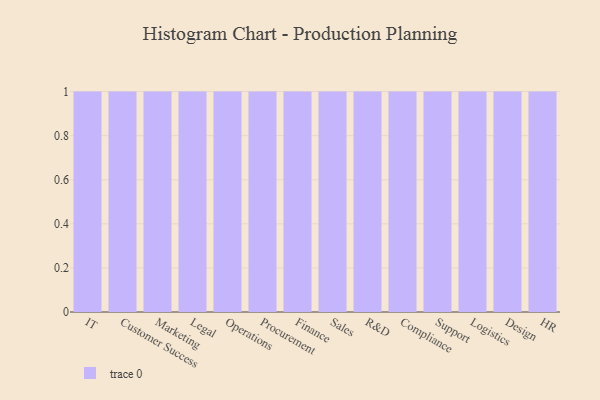
{"axis": {"x": "Department", "y": "Budget (USD K)"}, "legend": [""], "data": [{"x": "IT", "y": 33, "type": ""}, {"x": "Customer Success", "y": 65, "type": ""}, {"x": "Marketing", "y": 2, "type": ""}, {"x": "Legal", "y": 57, "type": ""}, {"x": "Operations", "y": 10, "type": ""}, {"x": "Procurement", "y": 66, "type": ""}, {"x": "Finance", "y": 27, "type": ""}, {"x": "Sales", "y": 53, "type": ""}, {"x": "R&D", "y": 25, "type": ""}, {"x": "Compliance", "y": 88, "type": ""}, {"x": "Support", "y": 53, "type": ""}, {"x": "Logistics", "y": 11, "type": ""}, {"x": "Design", "y": 66, "type": ""}, {"x": "HR", "y": 96, "type": ""}]}